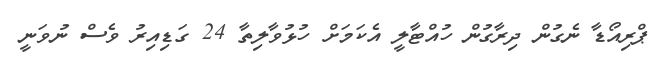
ޕްރިއޯޑާ ނެގުން ދިރާގުން ހުއްޓާލީ އެކަމަށް ހުޅުވާލިތާ 24 ގަޑިއިރު ވެސް ނުވަނީ